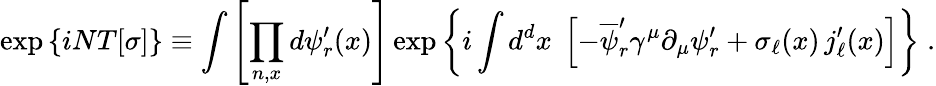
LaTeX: \exp\left\{ iNT[\sigma]\right\} \equiv\int\left[\prod_{n,x}d\psi_{r}^{\prime}(x)\right]\exp\left\{ i\int d^{d}x\; \left[-\overline{{{\psi}}}_{r}^{\prime}\gamma^{\mu}\partial_{\mu}\psi_{r}^{\prime}+\sigma_{\ell}(x)\, j_{\ell}^{\prime}(x)\right]\right\} \; .